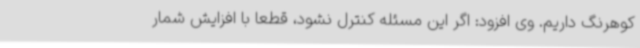
کوهرنگ داریم. وی افزود: اگر این مسئله کنترل نشود، قطعا با افزایش شمار